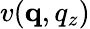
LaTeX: v(\mathbf q,q_{z})